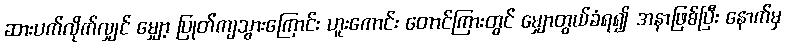
ဆားပက်လိုက်လျှင် မျှော့ ပြုတ်ကျသွားကြောင်း ဟူးကောင်း တောင်ကြားတွင် မျှောတွယ်ခံရ၍ အနာဖြစ်ပြီး နောက်မှ